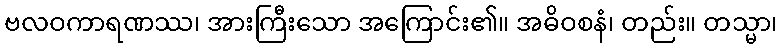
ဗလဝကာရဏဿ၊ အားကြီးသော အကြောင်း၏။ အဓိဝစနံ၊ တည်း။ တသ္မာ၊